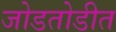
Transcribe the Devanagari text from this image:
जोडतोडीत